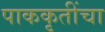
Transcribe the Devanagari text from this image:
पाककृतींचा